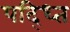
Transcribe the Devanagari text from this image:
पद्ध्ति